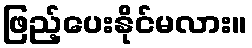
ဖြည့်ပေးနိုင်မလား။